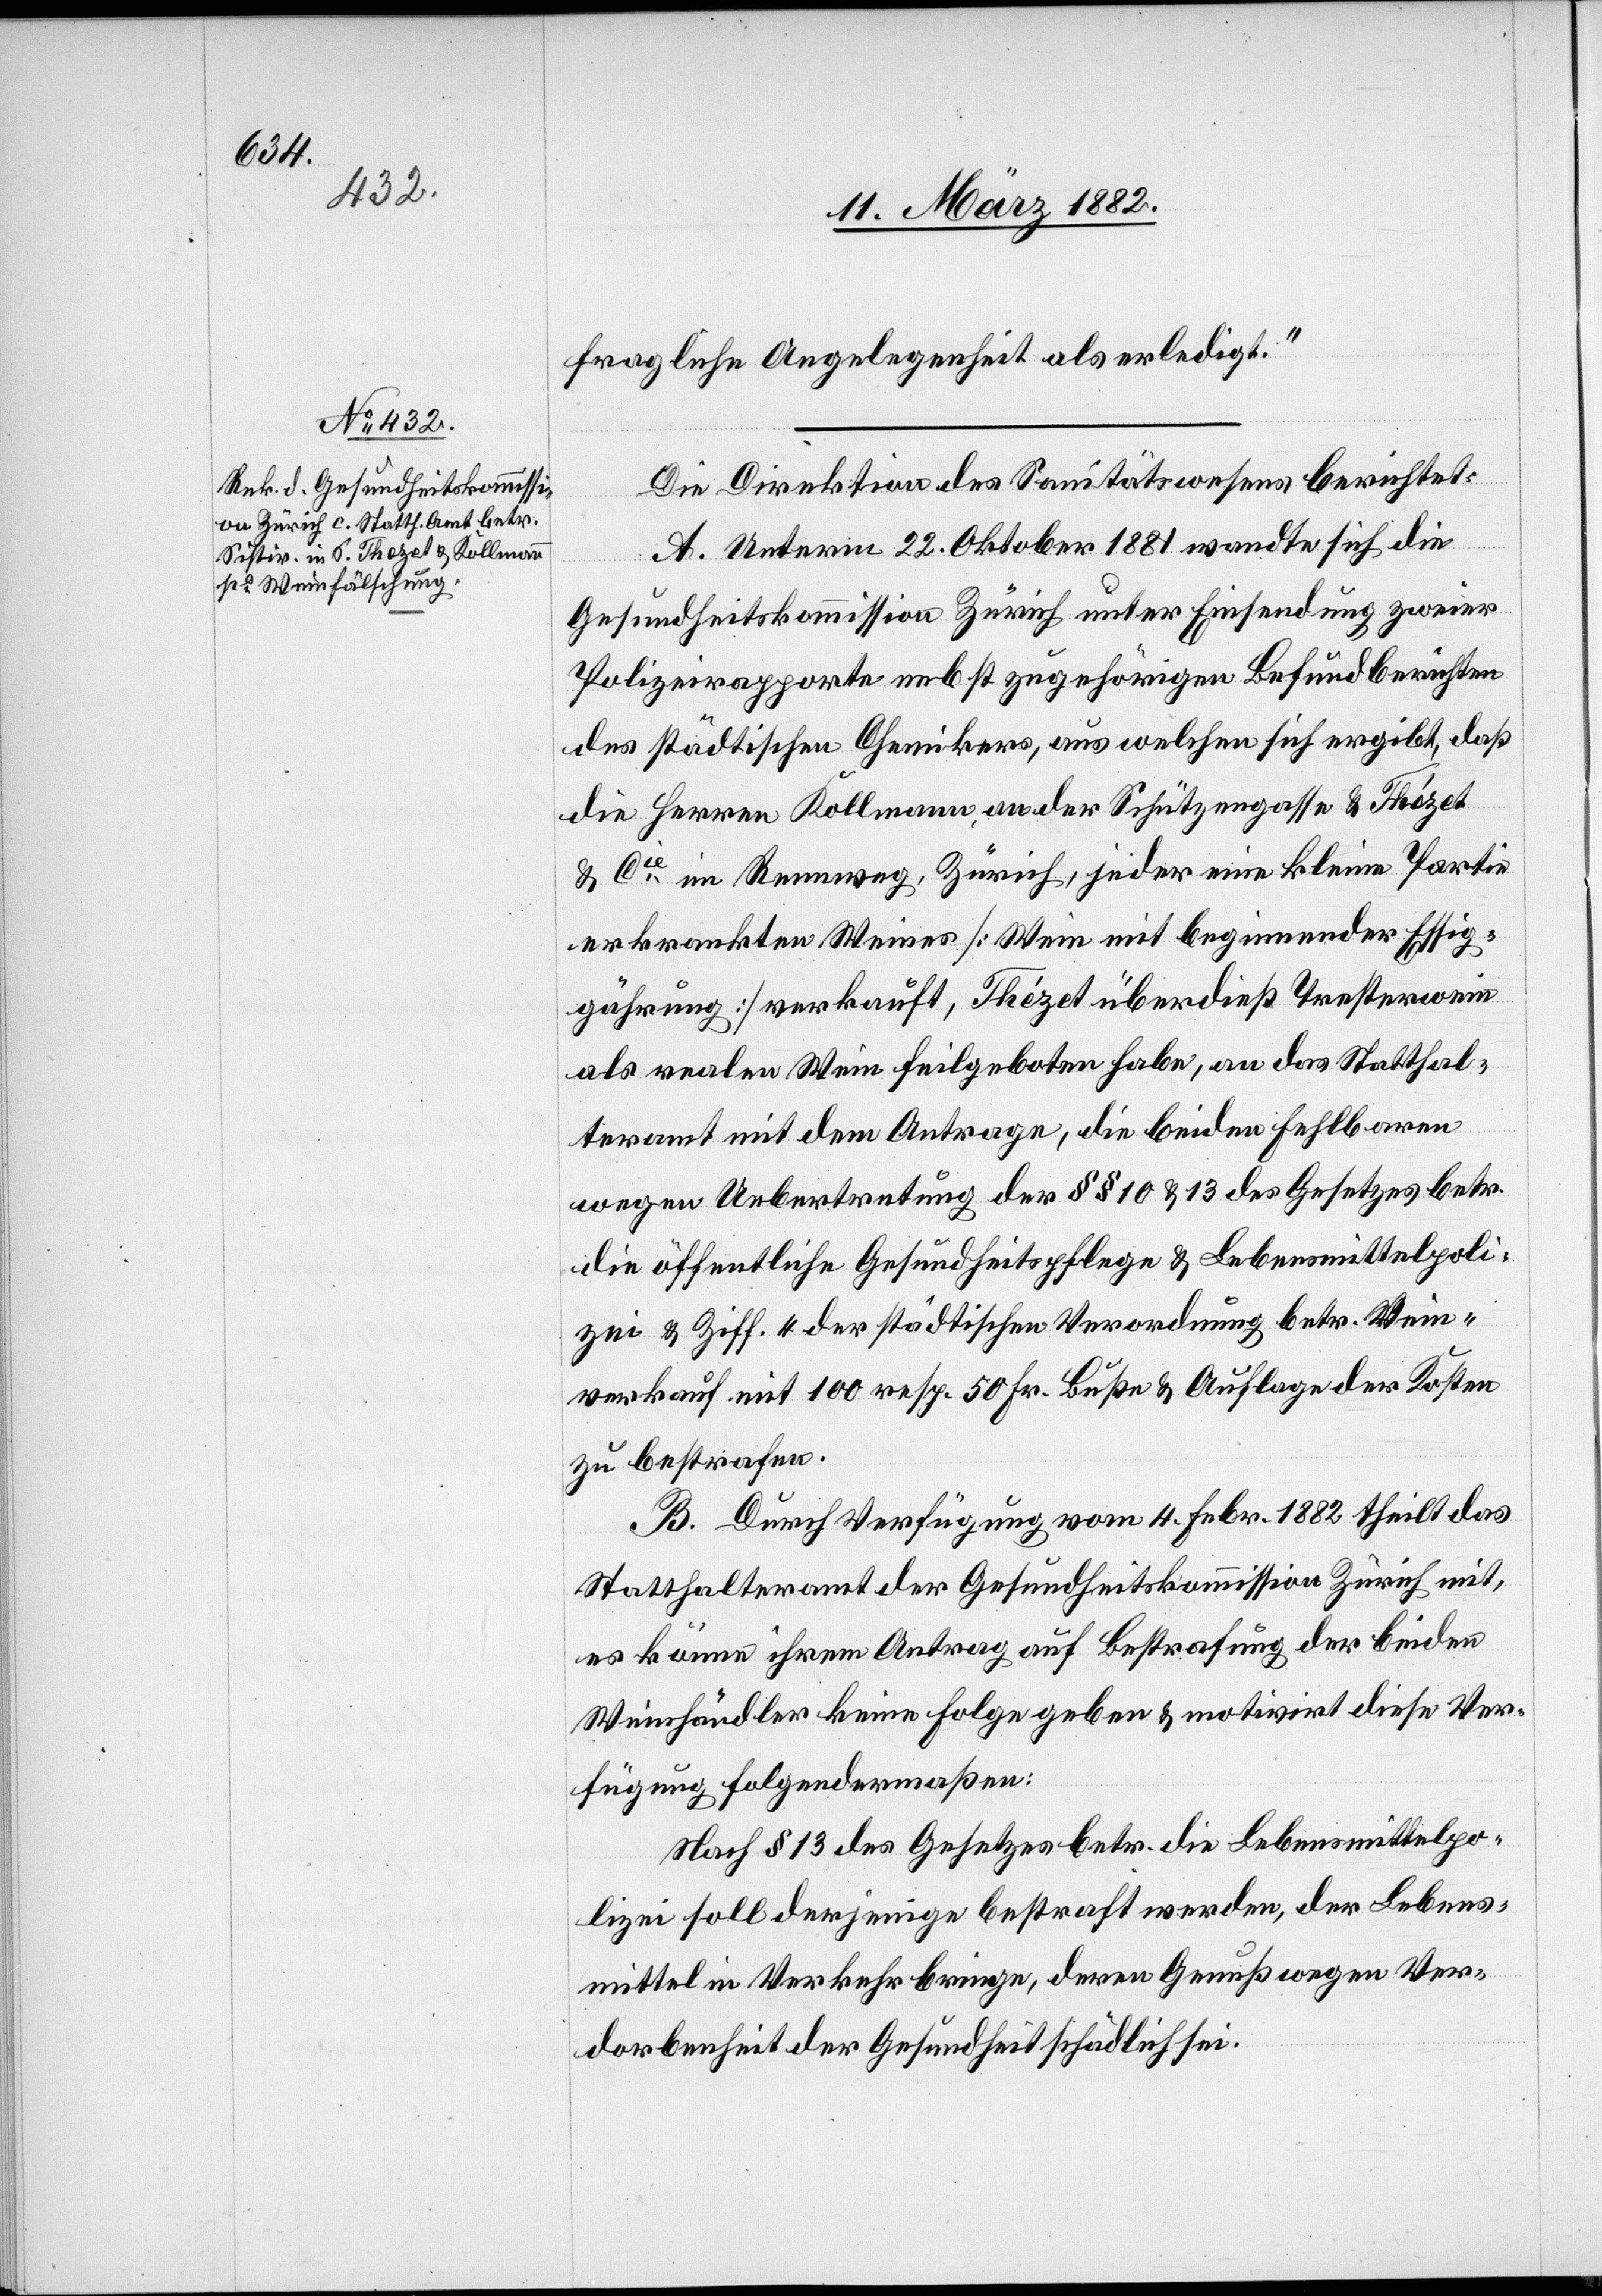
fragliche Angelegenheit als erledigt.“
Die Direktion des Sanitätswesens berichtet:
A. Unterm 22. Oktober 1881 wandte sich die
Gesundheitskommission Zürich unter Einsendung zweier
Polizeirapporten nebst zugehörigen Befundberichten
des städtischen Chemikers, aus welchen sich ergibt, daß
die Herren Kollmann, an der Schützengasse & Thézet
& Cie im Rennweg, Zürich, jeder eine kleine Partie
erkrankten Weines [Wein mit beginnender Essig¬
gährung] verkauft, Thézet überdieß Tresterwein
als realen Wein feilgeboten habe, an das Statthal¬
teramt mir dem Antrage, die beiden Fehlbaren
wegen Uebertretung der §§ 10 & 13 des Gesetzes betr.
die öffentliche Gesundheitspflege & Lebensmittelpoli¬
zei & Ziff. 4 der städtischen Verordnung betr. Wein¬
verkauf mit 100 resp. 50 Fr. Buße & Auflage der Kosten
zu bestrafen.
B. Durch Verfügung vom 4. Febr. 1882 theilt das
Statthalteramt der Gesundheitskommission Zürich mit,
es könne ihrem Antrag auf Bestrafung der beiden
Weinhändler keine Folge geben & motivirt diese Ver¬
fügung folgendermaßen:
Nach § 13 des Gesetzes betr. die Lebensmittelpo¬
lizei soll derjenige bestraft werden, der Lebens¬
mittel in Verkehr bringe, deren Genuß wegen Ver¬
dorbenheit der Gesundheit schädlich sei.